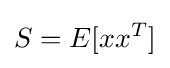
S=E[xx^{T}]